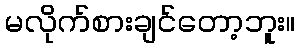
မလိုက်စားချင်တော့ဘူး။